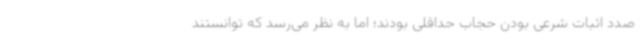
صدد اثبات شرعی بودن حجاب حداقلی بودند؛ اما به نظر می‌رسد که توانستند